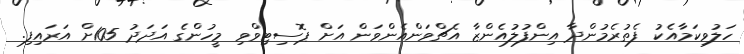
ހަލުވިކަމާއެކު ފެތުރެމުންދާ އިންފުލުއެންޒާ އެޗްވަންއެންވަން އަށް ޕޮސިޓިވްވި މީހުންގެ އަދަދު 105ށް އަރައިފި.